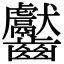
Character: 齾